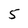
Character: 5